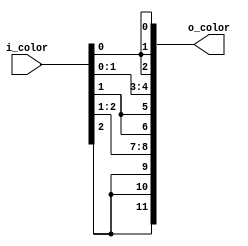
module palette_3_bit_color
	(
		output wire [11:0] o_color,
		input wire [3:0] i_color
	);

	// body
	// 1-bit red to 4-bit red, 1-bit green to 4-bit green
	// 1-bit blue to 4-bit blue
	assign o_color =
		{{4{i_color[2]}},
		 {4{i_color[1]}},
		 {4{i_color[0]}}};
endmodule